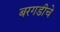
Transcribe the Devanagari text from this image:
बरगडीचे